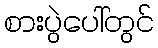
စားပွဲပေါ်တွင်